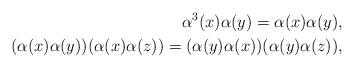
\begin{align*}\alpha^{3}(x)\alpha(y)=\alpha(x)\alpha(y),\\(\alpha(x)\alpha(y))(\alpha(x)\alpha(z))=(\alpha(y)\alpha(x))(\alpha(y)\alpha(z)),\end{align*}